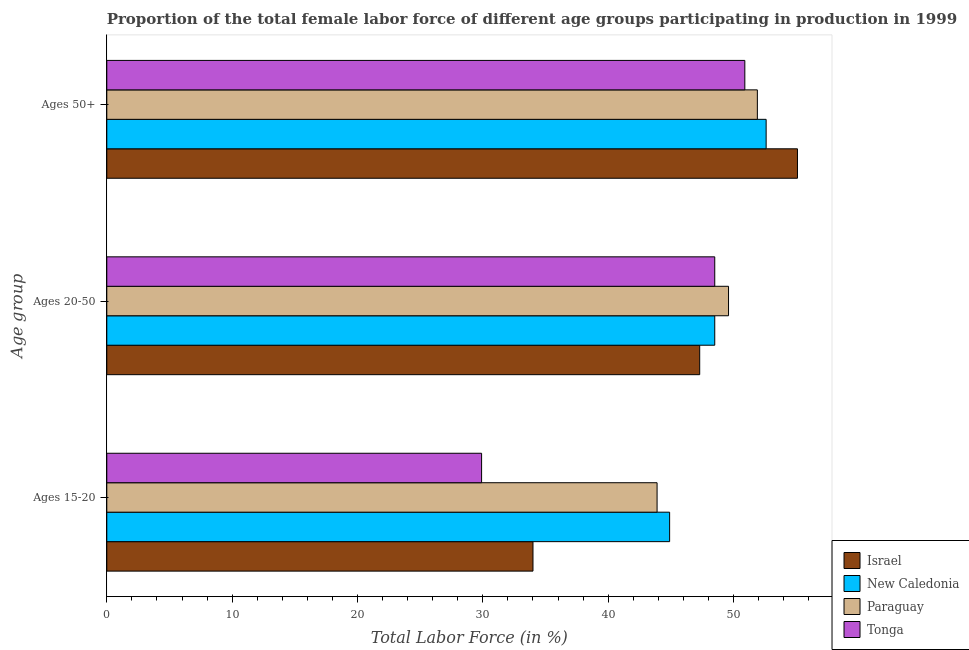
| Age group | Israel | New Caledonia | Paraguay | Tonga |
 | --- | --- | --- | --- | --- |
 | Ages 15-20 | 34 | 44.9 | 43.9 | 29.9 |
 | Ages 20-50 | 47.3 | 48.5 | 49.6 | 48.5 |
 | Ages 50+ | 55.1 | 52.6 | 51.9 | 50.9 |